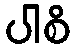
ပါစိ